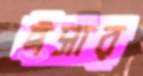
ঈসার